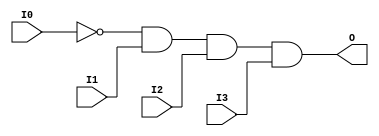
module AND4B1 (O, I0, I1, I2, I3);

    output O;

    input  I0, I1, I2, I3;

    wire i0_inv;

    not N0 (i0_inv, I0);
    and A1 (O, i0_inv, I1, I2, I3);


endmodule